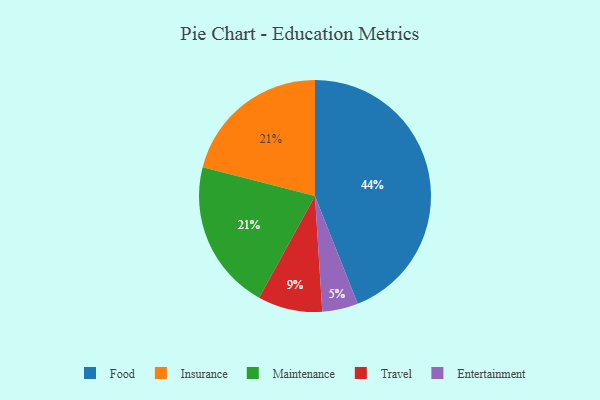
{"axis": {"x": "Category", "y": "Percentage"}, "legend": ["Entertainment", "Food", "Insurance", "Maintenance", "Travel"], "data": [{"x": "Entertainment", "y": 5, "type": "Entertainment"}, {"x": "Insurance", "y": 21, "type": "Insurance"}, {"x": "Food", "y": 44, "type": "Food"}, {"x": "Travel", "y": 9, "type": "Travel"}, {"x": "Maintenance", "y": 21, "type": "Maintenance"}]}